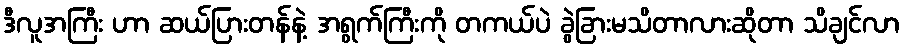
ဒီလူအကြီး ဟာ ဆယ်ပြားတန်နဲ့ အရွက်ကြီးကို တကယ်ပဲ ခွဲခြားမသိတာလားဆိုတာ သိချင်လာ